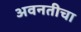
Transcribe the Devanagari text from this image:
अवनतीचा